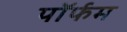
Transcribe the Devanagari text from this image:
पॉर्फम